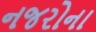
નજરોના